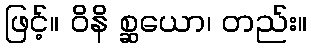
ဖြင့်။ ဝိနိ စ္ဆယော၊ တည်း။